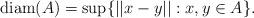
LaTeX: \begin{align*} \mathrm{diam}(A) = \sup\{||x-y||:x,y \in A\}.\end{align*}